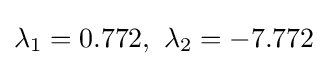
\lambda _{1}=0.772,\ \lambda _{2}=-7.772